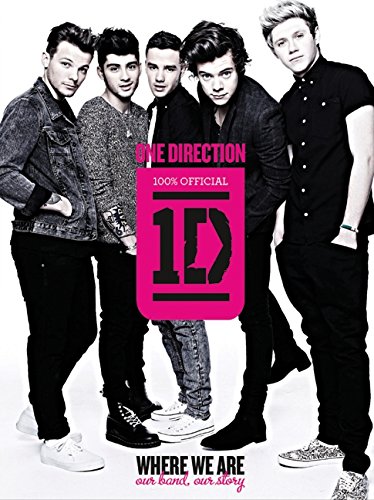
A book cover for One Direction: Where We Are: Our Band, Our Story: 100% Official; One Direction; Children's Books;